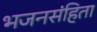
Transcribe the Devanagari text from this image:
भजनसंहिता